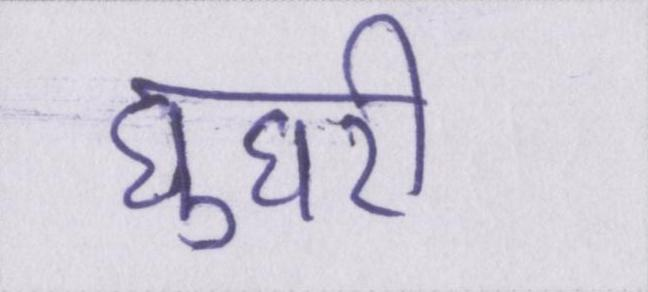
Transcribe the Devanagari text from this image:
घुघरी